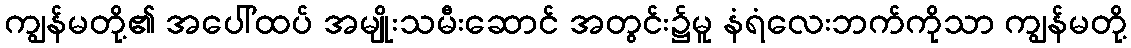
ကျွန်မတို့၏ အပေါ်ထပ် အမျိုးသမီးဆောင် အတွင်း၌မူ နံရံလေးဘက်ကိုသာ ကျွန်မတို့